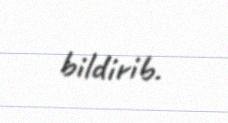
bildirib.